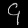
Digit: ၄